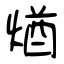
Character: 煪